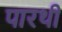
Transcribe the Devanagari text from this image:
पारथी